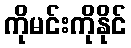
ကိုမင်းကိုနိုင်